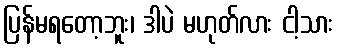
ပြန်မရတော့ဘူး၊ ဒါပဲ မဟုတ်လား ငါ့သား